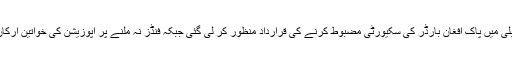
2015ء)قومی اسمبلی میں پاک افغان بارڈر کی سکیورٹی مضبوط کرنے کی قرارداد منظور کر لی گئی جبکہ فنڈز نہ ملنے پر اپوزیشن کی خواتین ارکان نے واک آؤٹ کیا۔